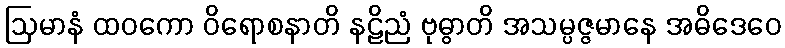
ဩမာနံ ထဝကော ဝိရောစနာတိ နဠိညံ ဗုဓွာတိ အသမ္ပဇ္ဇမာနေ အဓိဒေဝေ